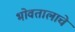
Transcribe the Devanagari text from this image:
भोवतालाचे